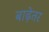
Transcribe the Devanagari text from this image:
बाढ़ेतर